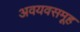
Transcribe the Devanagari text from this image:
अवयवसमूह